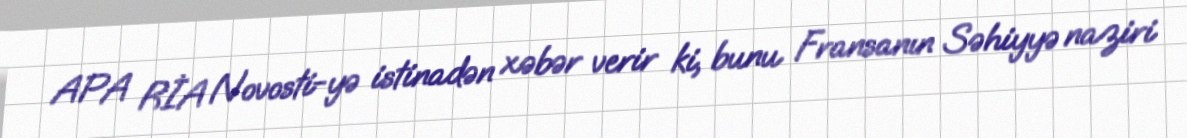
APA RİA Novosti-yə istinadən xəbər verir ki, bunu Fransanın Səhiyyə naziri